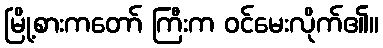
မြို့စားကတော် ကြီးက ဝင်မေးလိုက်၏။